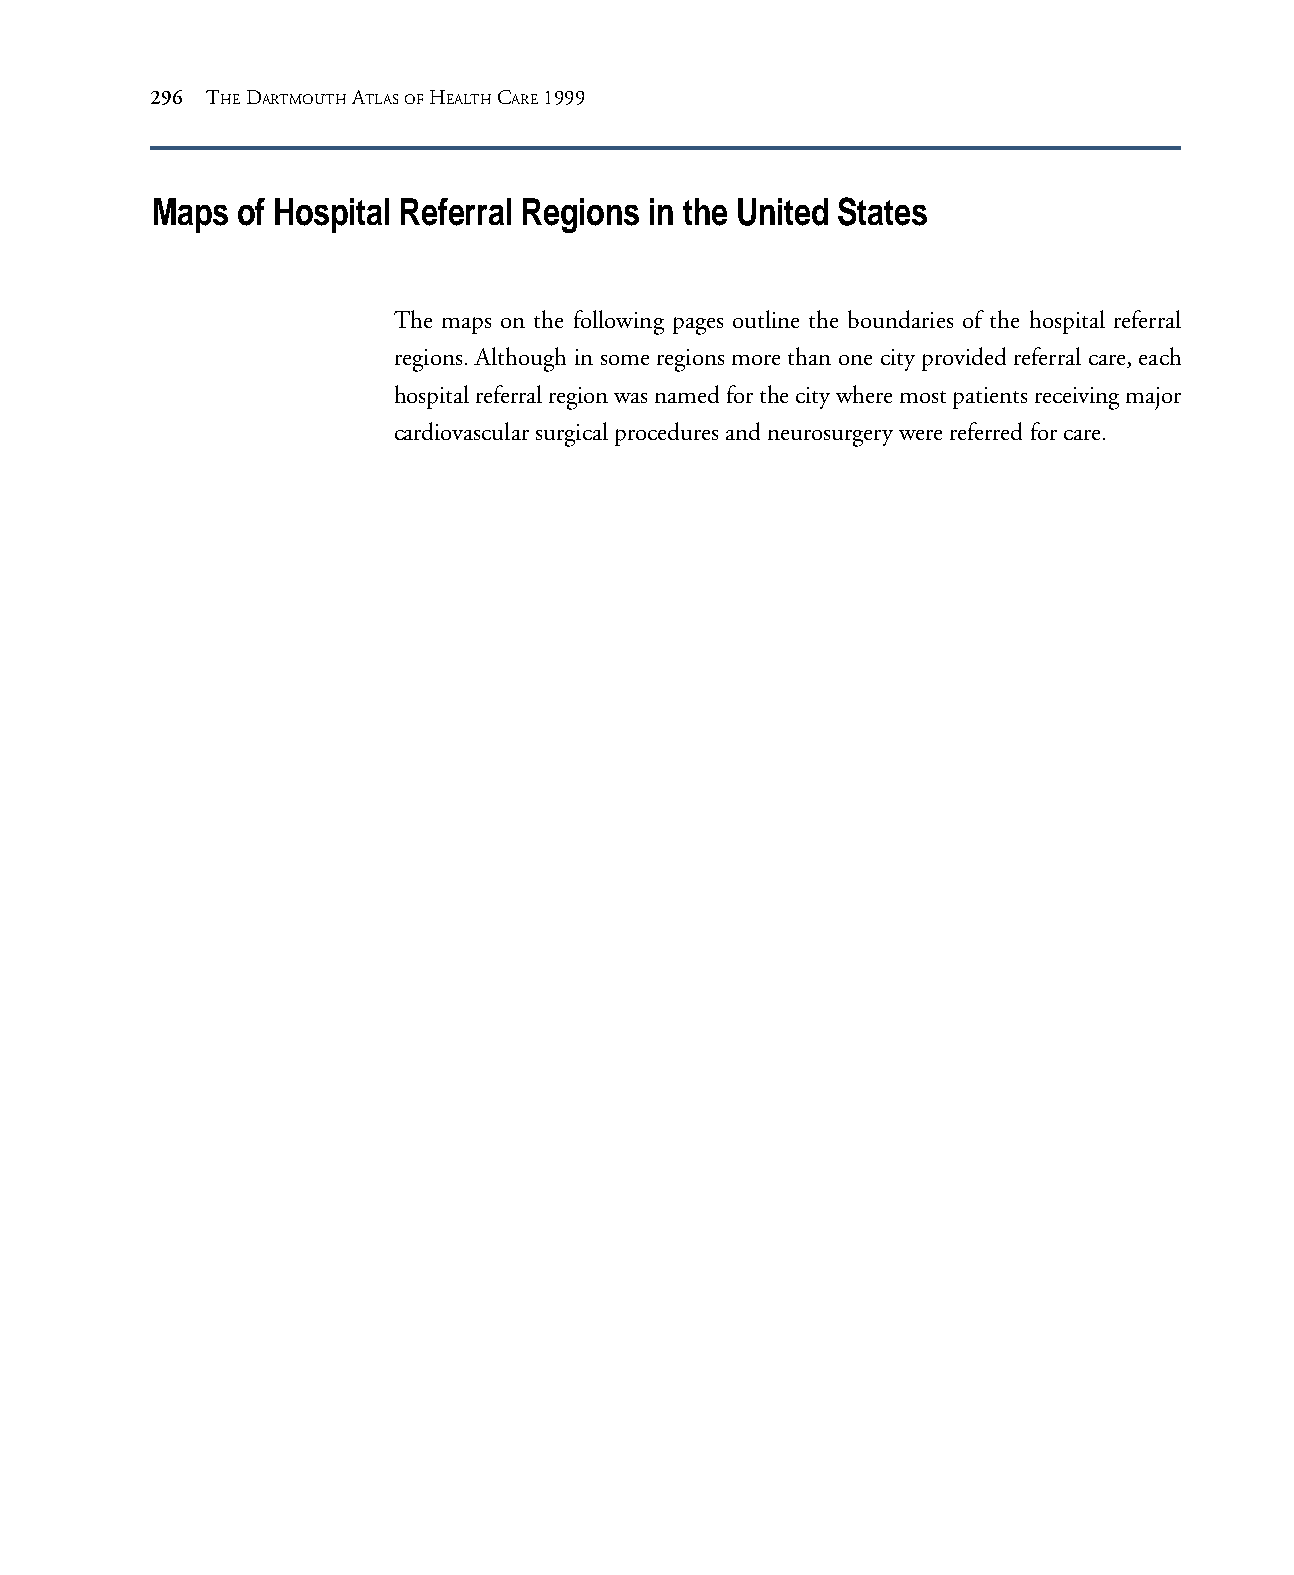
296 THE DARTMOUTH ATLAS OF HEALTH CARE 1999
 Maps  of Hospital Referral Regions in the United States
 The maps on the following pages outline the boundaries of the hospital referral
 regions. Although in some regions more than one city provided referral care, each
 hospital referral region was named for the city where most patients receiving major
 cardiovascular surgical procedures and neurosurgery were referred for care.